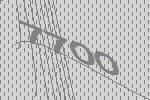
7700